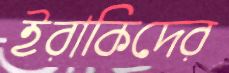
ইরাকিদের